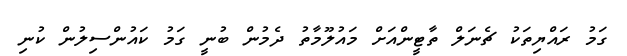
ގަމު ރައްޔިތަކު ޗެނަލް ތާޓީންއަށް މައުލޫމާތު ދެމުން ބުނީ ގަމު ކައުންސިލުން ކުނި